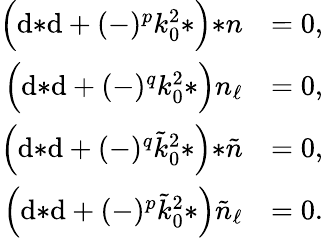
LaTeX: \begin{array}{rl}{\Big(\mathrm{d}{*\mathrm{d}}+(-)^{p}k_{0}^{2}{*}\Big){*n}}&{=0,}\\ {\Big(\mathrm{d}{*\mathrm{d}}+(-)^{q}k_{0}^{2}{*}\Big)n_{\ell}}&{=0,}\\ {\Big(\mathrm{d}{*\mathrm{d}}+(-)^{q}\tilde{k}_{0}^{2}{*}\Big){*\tilde{n}}}&{=0,}\\ {\Big(\mathrm{d}{*\mathrm{d}}+(-)^{p}\tilde{k}_{0}^{2}{*}\Big)\tilde{n}_{\ell}}&{=0.}\end{array}